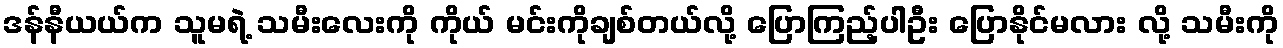
ဒန်နီယယ်က သူမရဲ့ သမီးလေးကို ကိုယ် မင်းကိုချစ်တယ်လို့ ပြောကြည့်ပါဦး ပြောနိုင်မလား လို့ သမီးကို